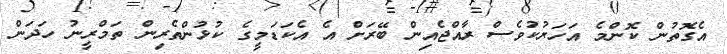
އެގޮތުން ކޮންމެ އަހަރުކުވެސް ރާއްޖެއިން ބޭރަށް އެ އެކަޑަމީގެ ކުޅުންތެރިން ތަމްރީނު ހަދަން